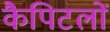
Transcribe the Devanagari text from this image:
कैपिटलों